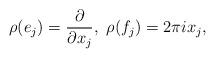
LaTeX: \begin{align*} \rho(e_j)=\frac{\partial}{\partial x_j},\ \rho(f_j)=2\pi i x_j,\end{align*}